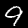
Label: 9